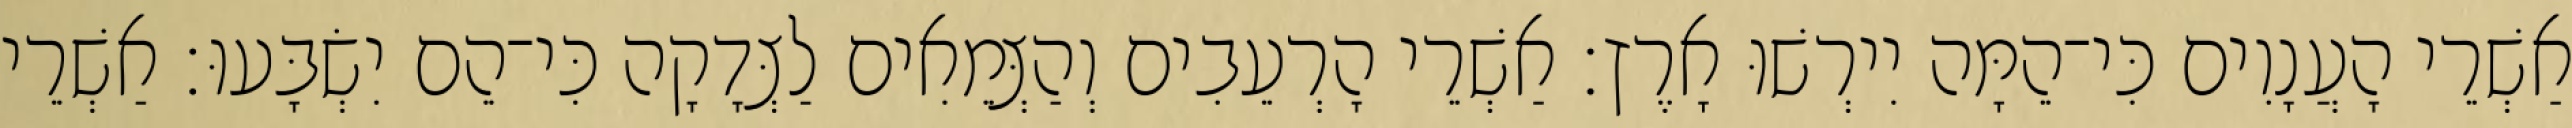
אַשְׁרֵי הָעֲנָוִים כִּי־הֵמָּה יִירְשׁוּ אָרֶץ׃ אַשְׁרֵי הָרְעֵבִים וְהַצְּמֵאִים לַצְּדָקָה כִּי־הֵם יִשְׂבָּעוּ׃ אַשְׁרֵי